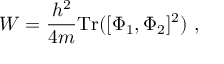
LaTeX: W = { \frac { h ^ { 2 } } { 4 m } } \mathrm { T r } ( [ \Phi _ { 1 } , \Phi _ { 2 } ] ^ { 2 } ) \ ,